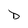
Character: D